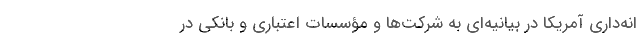
انه‌داری آمریکا در بیانیه‌ای به شرکت‌ها و مؤسسات اعتباری و بانکی در